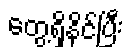
တွေ့ရှိနိုင်ပြီး